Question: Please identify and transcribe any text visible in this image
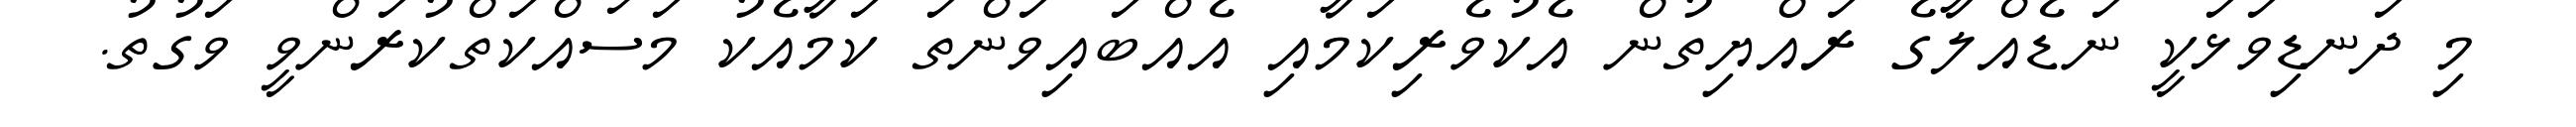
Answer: މި ދަނޑިވަޅަކީ ނަޑެއްލާގެ ރައްޔިތުން އެކުވެރިކަމާއި އެއްބައިވަންތަ ކަމާއެކު މަސައްކަތްކުރަންވީ ވަގުތު.